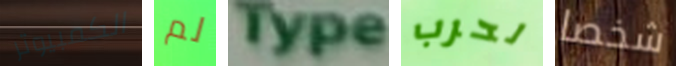
الكمبيوتر لم Type لحرب شخصا